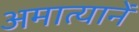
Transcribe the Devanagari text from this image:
अमात्यानें